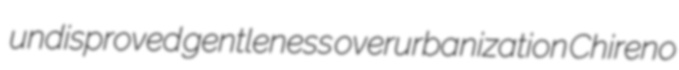
undisproved gentleness overurbanization Chireno